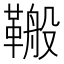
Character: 𮧣